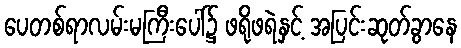
ပေတစ်ရာလမ်းမကြီးပေါ်၌ ဖရိုဖရဲနှင့် အပြင်းဆုတ်ခွာနေ